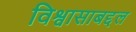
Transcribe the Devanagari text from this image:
विश्वासाबद्दल